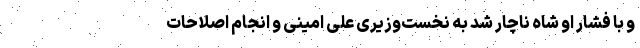
و با فشار او شاه ناچار شد به نخست‌وزیری علی امینی و انجام اصلاحات